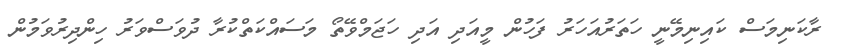
ރާކަނިމަސް ކައިނިމޭނީ ހަތަރުއަހަރު ފަހުން މީއަދި އަދި ހަޖަމްވޭތޯ މަސައްކަތްކުރާ ދުވަސްވަރު ހިންދިރުވަމުން